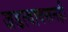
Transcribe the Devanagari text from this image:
जडत्वावरूनही